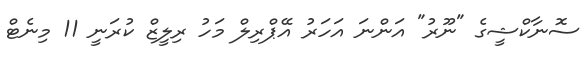
ސޮނާކްޝީގެ "ނޫރު" އަންނަ އަހަރު އޭޕްރިލް މަހު ރިލީޒް ކުރަނީ 11 މިނެޓް